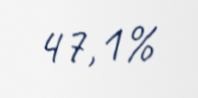
47,1%